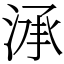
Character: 㴍